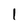
Character: l